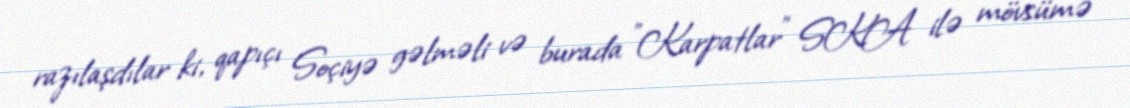
razılaşdılar ki, qapıçı Soçiyə gəlməli və burada "Karpatlar" SKA ilə mövsümə